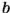
b